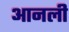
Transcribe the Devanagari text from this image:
आनली